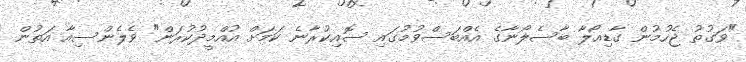
"ވަގުތު ޖެހުމުން ގާޑިއޯލާ ބާސެލޯނާގެ އެއްބަސްވުމުގައި ސޮއިކުރާނެ ކަމަށް އުއްމީދުކުރަން" ވެލެންސިއާ އަތުން